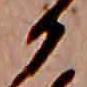
か